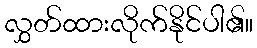
လွှတ်ထားလိုက်နိုင်ပါ၏။